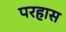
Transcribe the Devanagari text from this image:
परहास